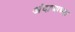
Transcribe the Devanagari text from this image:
अंदाजाच्या